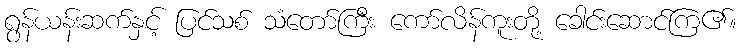
ရွန်ယန်းဆက်နှင့် ပြင်သစ် သံတော်ကြီး ကော်လိန်ကူးတို့ ခေါင်းဆောင်ကြ၏။